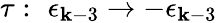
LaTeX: \tau:\, \, \epsilon_{\mathbf{k}-3}\rightarrow-\epsilon_{\mathbf{k}-3}